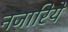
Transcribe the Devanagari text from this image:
नजारिये